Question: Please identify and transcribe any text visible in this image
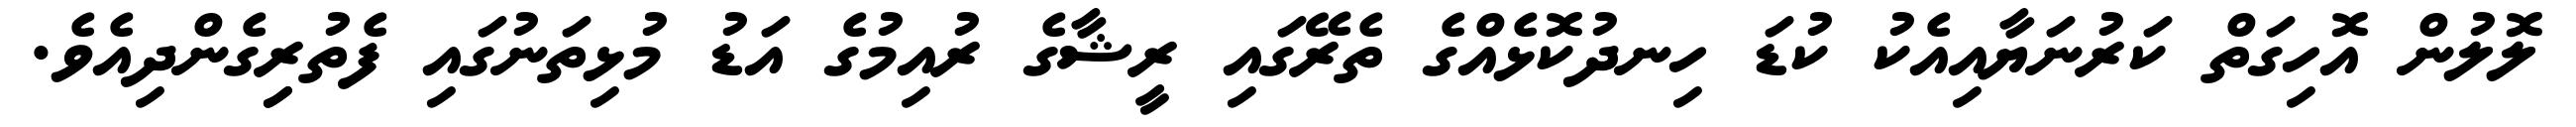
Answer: ލޮލުން އޮހިގަތް ކަރުނަޔާއިއެކު ކުޑަ ހިނދުކޮޅެއްގެ ތެރޭގައި ރީޝާގެ ރުއިމުގެ އަޑު މުޅިތަނުގައި ފެތުރިިގެންދިއެވެ.